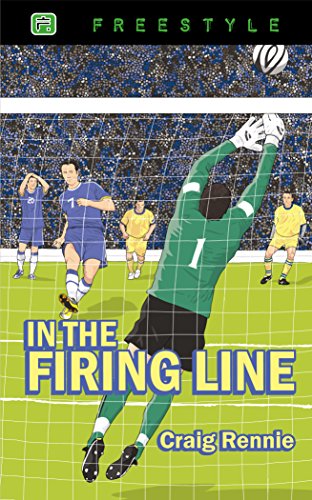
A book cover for In the Firing Line (Freestyle Fiction 12+); Craig Rennie; Teen & Young Adult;